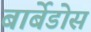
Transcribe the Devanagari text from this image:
बार्बेडोस